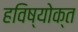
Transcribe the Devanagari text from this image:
हविष्योक्त